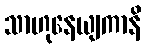
သာဟုနေယျကာနိ